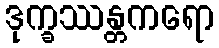
ဒုက္ခဿန္တကရော